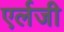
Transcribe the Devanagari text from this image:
एर्लजी